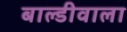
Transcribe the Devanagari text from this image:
बाल्डीवाला